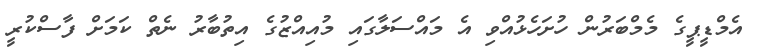
އެމްޑީޕީގެ މެމްބަރުން ހުށަހެޅުއްވި އެ މައްސަލާގައި މުއިއްޒުގެ އިތުބާރު ނެތް ކަމަށް ފާސްކުރީ